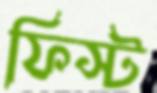
ফিস্ট